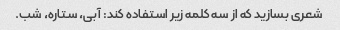
شعری بسازید که از سه کلمه زیر استفاده کند: آبی، ستاره، شب.